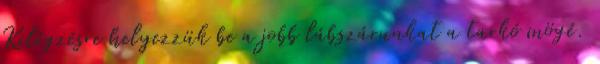
Kilégzésre helyezzük be a jobb lábszárunkat a tarkó mögé.